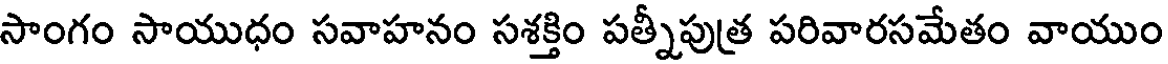
సాంగం సాయుధం సవాహనం సశక్తిం పత్నీపుత్ర పరివారసమేతం వాయుం